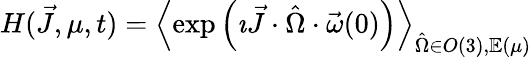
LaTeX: \begin{array}{r}{H(\vec{J},\mu,t)=\left\langle\exp\left(\imath\vec{J}\cdot\hat{\Omega}\cdot\vec{\omega}(0)\right)\right\rangle_{\hat{\Omega}\in O(3),\mathbb E(\mu)}}\end{array}